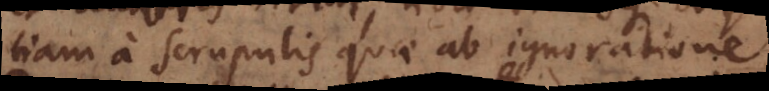
tiam a scrupulis quae ab ignoration